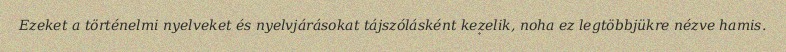
Ezeket a történelmi nyelveket és nyelvjárásokat tájszólásként kezelik, noha ez legtöbbjükre nézve hamis.